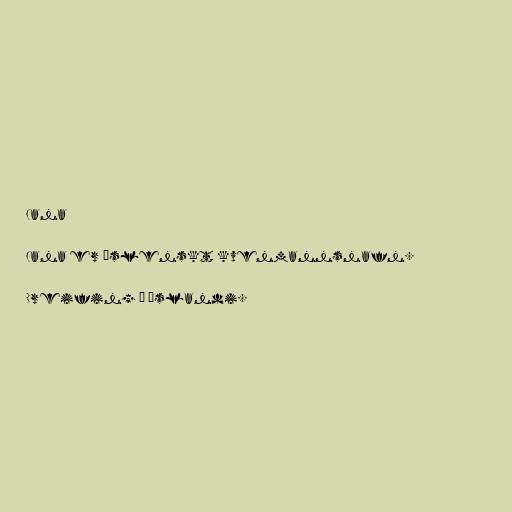
Jana

Jana er íslenskt kvenmannsnafn.

Dreifing á Íslandi.